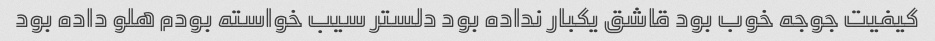
کیفیت جوجه خوب بود قاشق یکبار نداده بود دلستر سیب خواسته بودم هلو داده بود